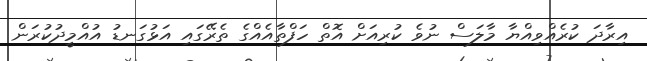
އިރާދަ ކުރެއްވިއްޔާ މާލަސް ނުވެ ކުރިއަށް އޮތް ހަފްތާއެއްގެ ތެރޭގައި އަޅުގަނޑު އުއްމީދުކުރަން